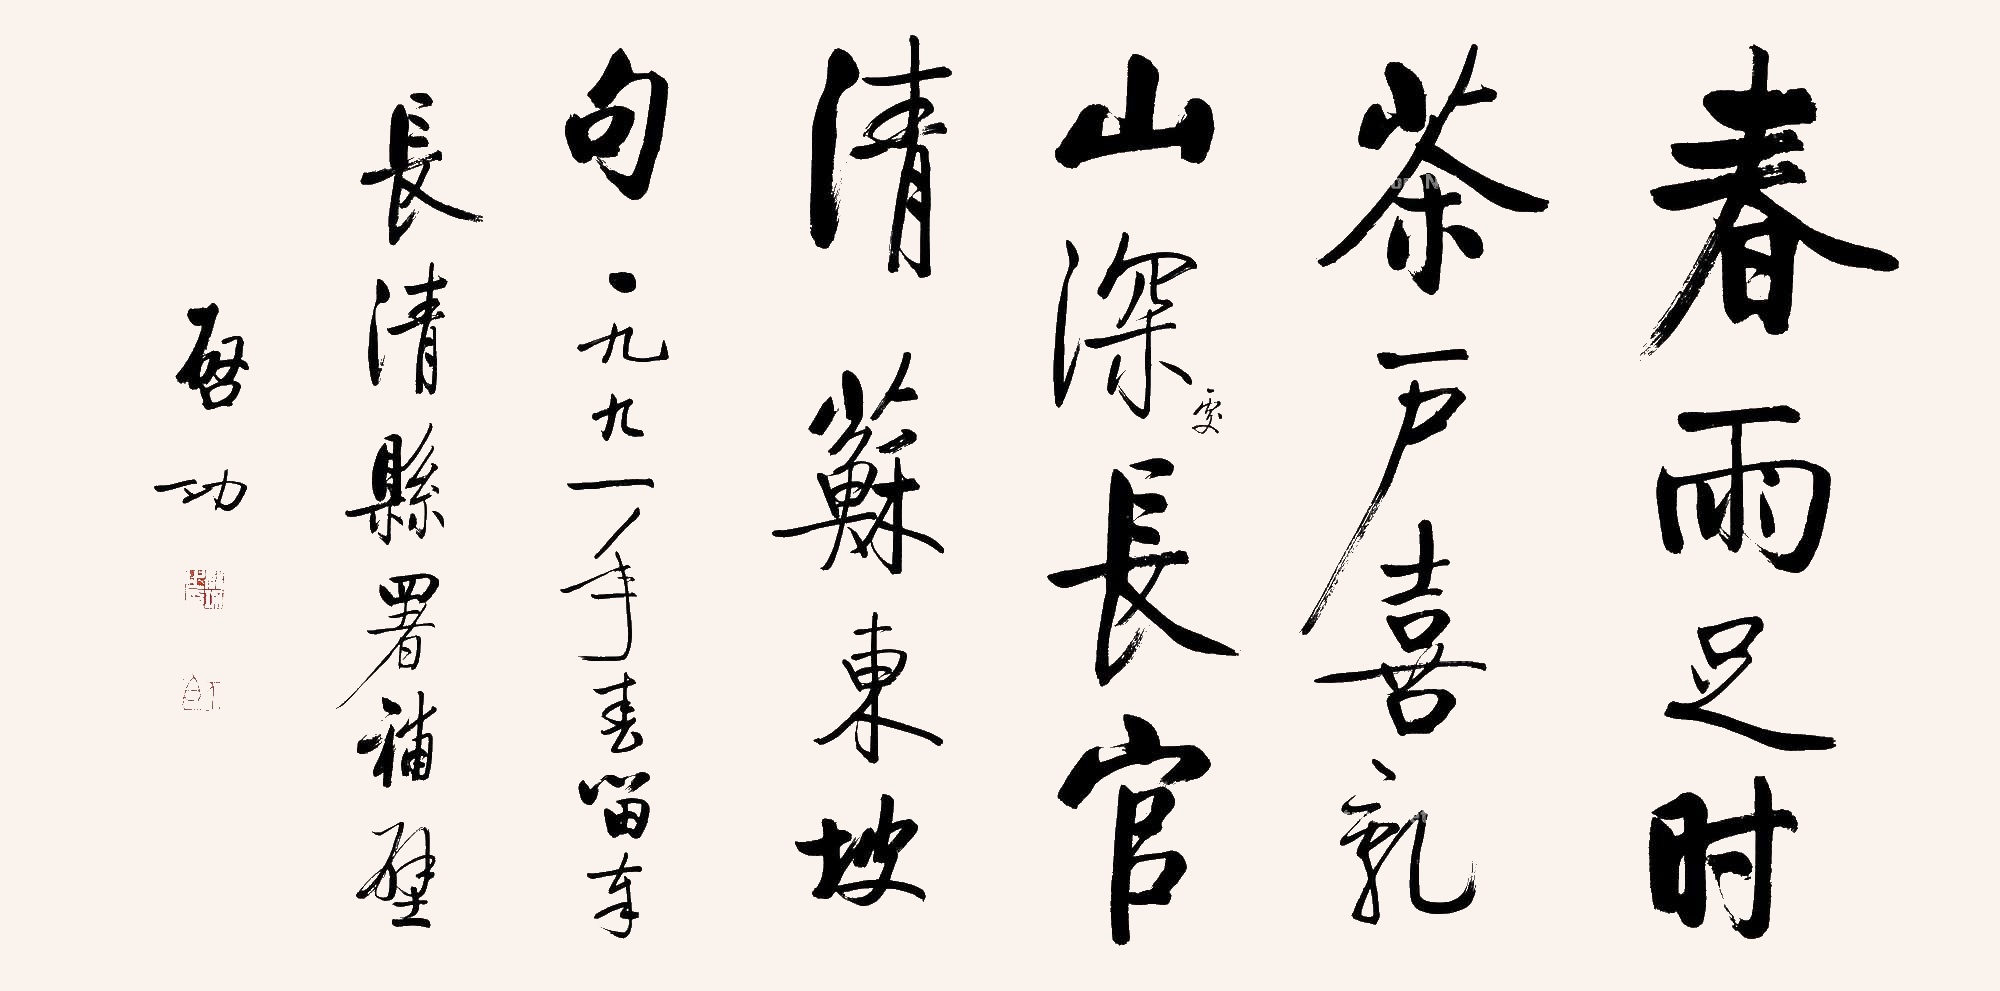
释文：春雨足时茶户喜，乱山深处长官清。苏东坡句。一九九一年春留奉长清县署补壁。启功。